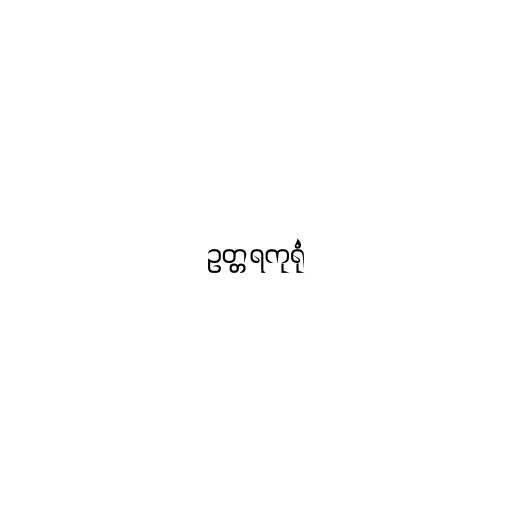
ဥတ္တရကုရုံ